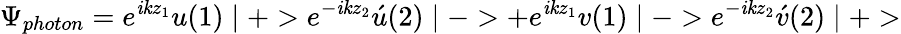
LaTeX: \Psi_{photon}=e^{\mathit{i}\mathit{k}z_{1}}u(1)\mid+>e^{-\mathit{i}\mathit{k}z_{2}}\acute{{u}}(2)\mid->+e^{\mathit{i}\mathit{k}z_{1}}v(1)\mid->e^{-\mathit{i}\mathit{k}z_{2}}\acute{{v}}(2)\mid+>